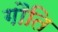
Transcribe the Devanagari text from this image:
गौति